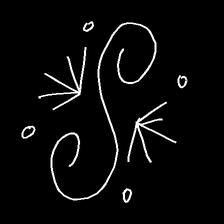
Glyph: aeroform